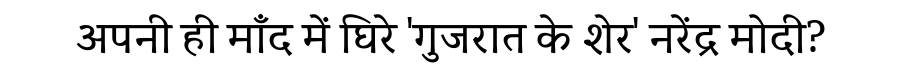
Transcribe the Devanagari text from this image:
अपनी ही माँद में घिरे 'गुजरात के शेर' नरेंद्र मोदी?